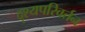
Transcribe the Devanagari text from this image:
दृश्यपरिवर्तन